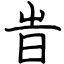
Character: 旹